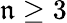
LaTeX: \mathfrak{n}\geq3